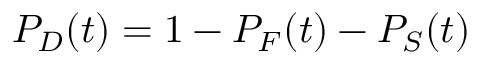
P _ { D } ( t ) = 1 - P _ { F } ( t ) - P _ { S } ( t )